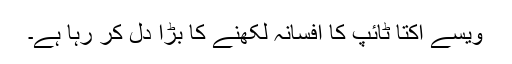
ویسے اکتا ٹائپ کا افسانہ لکھنے کا بڑا دل کر رہا ہے۔